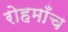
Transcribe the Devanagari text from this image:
रोहमाँच